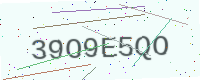
Text: 39O9E5QO